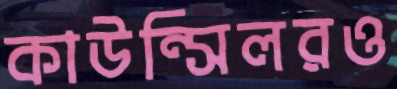
কাউন্সিলরও